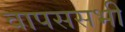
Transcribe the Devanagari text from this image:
वापससभी